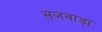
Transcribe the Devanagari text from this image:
सजवाड़ा